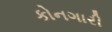
કોનગારી